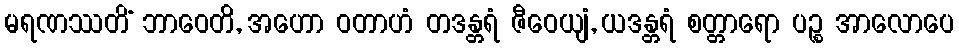
မရဏဿတိံ ဘာဝေတိ, အဟော ဝတာဟံ တဒန္တရံ ဇီဝေယျံ, ယဒန္တရံ စတ္တာရော ပဉ္စ အာလောပေ